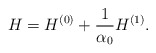
\begin{align*}H=H^{(0)}+\frac{1}{\alpha_0}H^{(1)}.\end{align*}